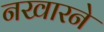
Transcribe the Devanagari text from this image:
नखारने